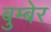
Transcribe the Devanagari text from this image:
बुम्बेर